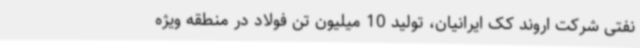
نفتی شرکت اروند کک ایرانیان، تولید 10 میلیون تن فولاد در منطقه ویژه